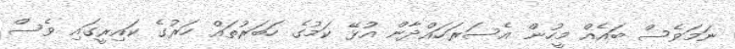
ނަމަވެސް ބައެއް މީހުން އެސަރަހައްދާން އުޅޭ ކަމުގެ ހަބަރުތައް ހަރުގެ ކައިރީގައި ވެސް